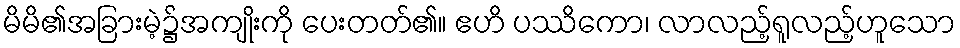
မိမိ၏အခြားမဲ့၌အကျိုးကို ပေးတတ်၏။ ဧဟိ ပဿိကော၊ လာလည့်ရူလည့်ဟူသော